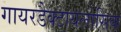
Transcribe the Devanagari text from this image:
गायरडैक्टायलोसिक